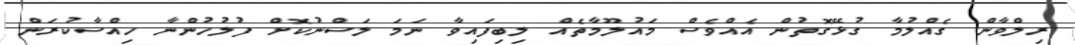
ރިލްވާން ގެއްލުމާ ގުޅޭގޮތުން އެއްވެސް މައުލޫމާތެއް ލިބިފައިވާ ނަމަ ލަސްނުކޮށް ފުލުހުންނާ ހިއްސާކުރަން